Report of the Municipal Commissioner on the plague in Bombay for the year ending 31st May... - Volume 3
Disease focus: Plague
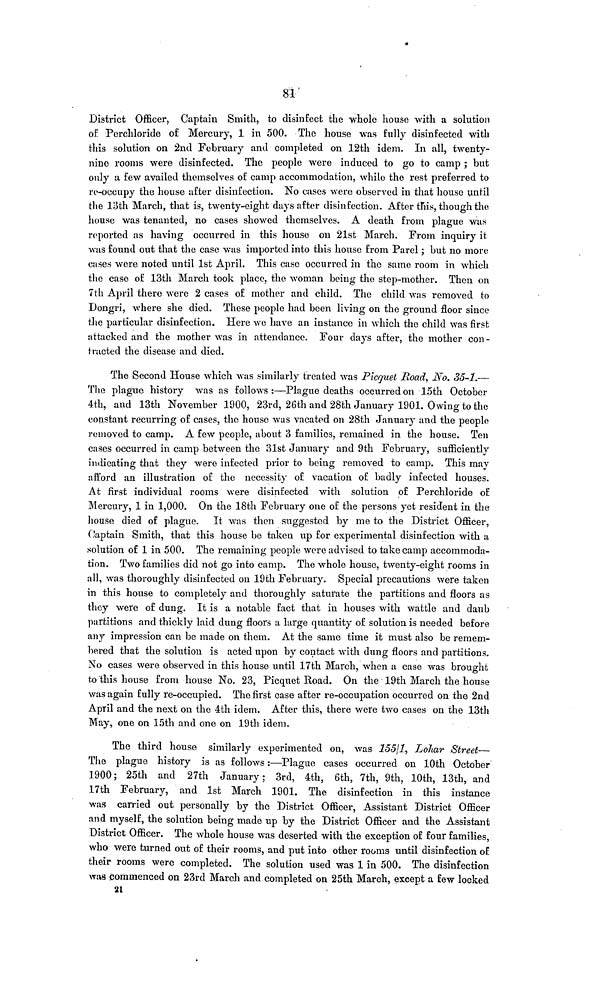
81
District Officer, Captain Smith, to disinfect the whole house with a solution
of Perchloride of Mercury, 1 in 500. The house was fully disinfected with
this solution on 2nd February and completed on 12th idem. In all, twenty-
nine rooms were disinfected. The people were induced to go to camp ; but
only a few availed themselves of camp accommodation, while the rest preferred to
re-occupy the house after disinfection. No cases were observed in that house until
the loth March, that is, twenty-eight days after disinfection. After this, though the
house was tenanted, no cases showed themselves. A death from plague was
reported as having occurred in this house on 21st March. From inquiry it
was found out that the case was imported into this house from Parel; but no more
cases were noted until 1st April. This case occurred in the same room in which
the case of 13th March took place, the woman being the step-mother. Then on
7th April there were 2 cases of mother and child. The child was removed to
Dongri, where she died. These people had been living on the ground floor since
the particular disinfection. Here we have an instance in which the child was first
attacked and the mother was in attendance. Four days after, the mother con -
tracted the disease and died.
The Second House which was similarly treated was Picquet Road, No. 35-1.—
The plague history was as follows :—Plague deaths occurred on 15th October
4th, and 13th November 1900, 23rd, 26th and 28th January 1901. Owing to the
constant recurring of cases, the house was vacated on 28th January and the people
removed to camp. A few people, about 3 families, remained in the house. Ten
cases occurred in camp between the 31st January and 9th February, sufficiently
indicating that they were infected prior to being removed to camp. This may
afford an illustration of the necessity of vacation of badly infected houses.
At first individual rooms were disinfected with solution of Perchloride of
Mercury, 1 in 1,000. On the 18th February one of the persons yet resident in the
house died of plague. It was then suggested by me to the District Officer,
Captain Smith, that this house be taken up for experimental disinfection with a
solution of 1 in 500. The remaining people were advised to take camp accommoda-
tion. Two families did not go into camp. The whole house, twenty-eight rooms in
all, was thoroughly disinfected on 19th February. Special precautions were taken
in this house to completely and thoroughly saturate the partitions and floors as
they were of dung. It is a notable fact that in houses with wattle and daub
partitions and thickly laid dung floors a large quantity of solution is needed before
any impression can be made on them. At the same time it must also be remem-
bered that the solution is acted upon by contact with dung floors and partitions.
No cases were observed in this house until 17th March, when a case was brought
to this house from house No. 23, Picquet Road. On the 19th March the house
was again fully re-occupied. The first case after re-occupation occurred on the 2nd
April and the next on the 4th idem. After this, there were two cases on the 13th
May, one on 15th and one on 19th idem.
The third house similarly experimented on, was 155\1, Lohar Street—
The plague history is as follows :—Plague cases occurred on 10th October
1900; 25th and 27th January; 3rd, 4th, 6th, 7th, 9th, 10th, 13th, and
17th February, and 1st March 1901. The disinfection in this instance
was carried out personally by the District Officer, Assistant District Officer
and myself, the solution being made up by the District Officer and the Assistant
District Officer. The whole house was deserted with the exception of four families,
who were turned out of their rooms, and put into other rooms until disinfection of
their rooms were completed. The solution used was 1 in 500. The disinfection
was commenced on 23rd March and completed on 25th March, except a few locked
21